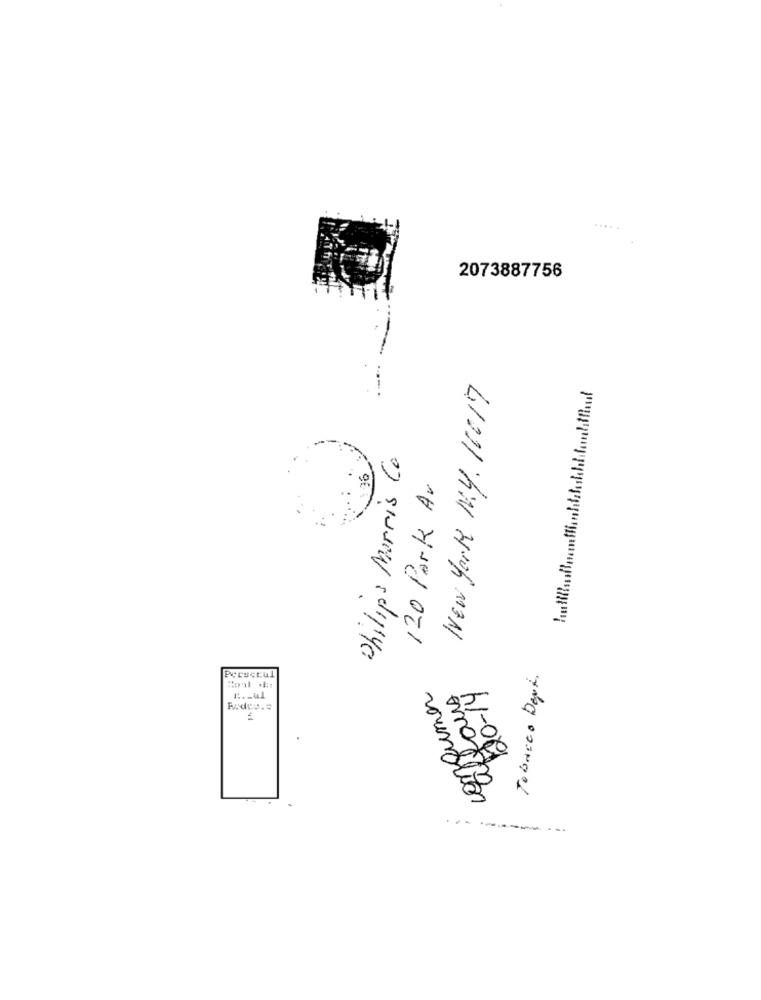
2073887756
New York N.Y. 16017
Philips Morris Co
336
120 Park Av
Tobacco Devi.
Persecul
congumer
120-14
affairs